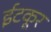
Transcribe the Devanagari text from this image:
ईटकूर